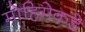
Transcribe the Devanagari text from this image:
मोहिमेकडे